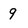
Character: g